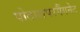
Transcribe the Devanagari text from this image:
पोटाशपरमैंगनेट